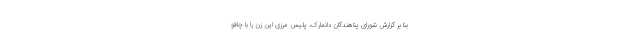
بنا بر گزارش شورای پناهندگان دانمارک، پلیس مرزی این زن را با چاقو